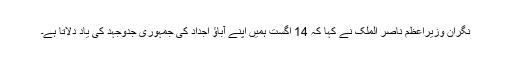
نگران وزیراعظم ناصر الملک نے کہا کہ 14 اگست ہمیں اپنے آباؤ اجداد کی جمہوری جدوجہد کی یاد دلاتا ہے۔